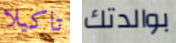
تاكيلا بوالدتك